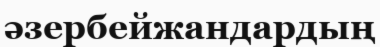
әзербейжандардың